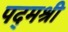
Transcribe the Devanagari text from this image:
पद्‌मश्री